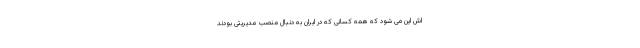
اش این می شود که همه کسانی که در ایران به دنبال منصب مدیریتی بودند